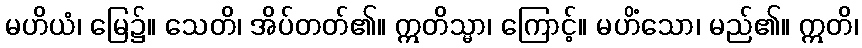
မဟိယံ၊ မြေ၌။ သေတိ၊ အိပ်တတ်၏။ ဣတိသ္မာ၊ ကြောင့်။ မဟိံသော၊ မည်၏။ ဣတိ၊